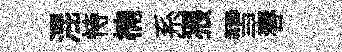
混恃楠系猥雪春